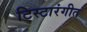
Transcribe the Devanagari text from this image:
टिस्टारंगीत